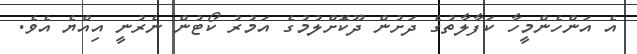
އެ އަންހެންމީހާ ކަފާލާތުގެ ދަށުން ދޫކޮށްލުމުގެ އަމުރު ކޯޓުން ނެރުނީ އިއްޔެ އެވެ.